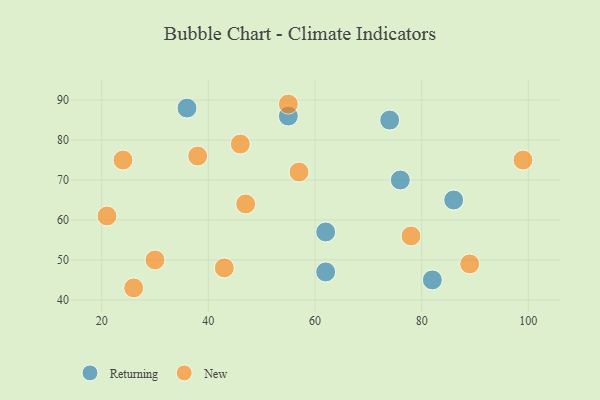
{"axis": {"x": "GDP", "y": "Life Expectancy"}, "legend": ["New", "Returning"], "data": [{"x": "36", "y": 88, "type": "Returning"}, {"x": "86", "y": 65, "type": "Returning"}, {"x": "82", "y": 45, "type": "Returning"}, {"x": "76", "y": 70, "type": "Returning"}, {"x": "62", "y": 47, "type": "Returning"}, {"x": "62", "y": 57, "type": "Returning"}, {"x": "74", "y": 85, "type": "Returning"}, {"x": "55", "y": 86, "type": "Returning"}, {"x": "55", "y": 89, "type": "New"}, {"x": "57", "y": 72, "type": "New"}, {"x": "78", "y": 56, "type": "New"}, {"x": "47", "y": 64, "type": "New"}, {"x": "30", "y": 50, "type": "New"}, {"x": "26", "y": 43, "type": "New"}, {"x": "24", "y": 75, "type": "New"}, {"x": "21", "y": 61, "type": "New"}, {"x": "89", "y": 49, "type": "New"}, {"x": "99", "y": 75, "type": "New"}, {"x": "46", "y": 79, "type": "New"}, {"x": "38", "y": 76, "type": "New"}, {"x": "43", "y": 48, "type": "New"}]}